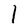
Character: l